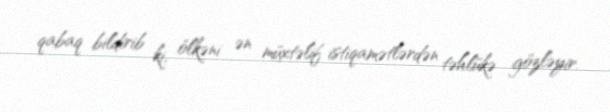
qabaq bildirib ki, ölkəni ən müxtəlif istiqamətlərdən təhlükə gözləyir.